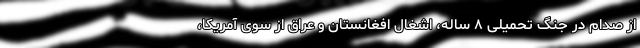
از صدام در جنگ تحمیلی ۸ ساله، اشغال افغانستان و عراق از سوی آمریکا،